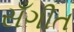
સઁગીત